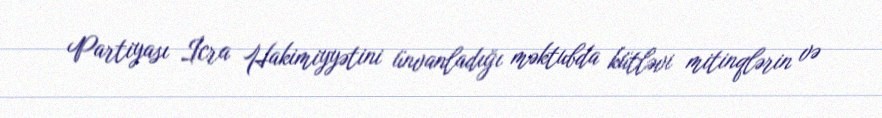
Partiyası İcra Hakimiyyətini ünvanladığı məktubda kütləvi mitinqlərin və